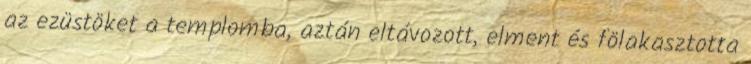
az ezüstöket a templomba, aztán eltávozott, elment és fölakasztotta